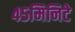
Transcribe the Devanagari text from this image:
४५मिनिटे